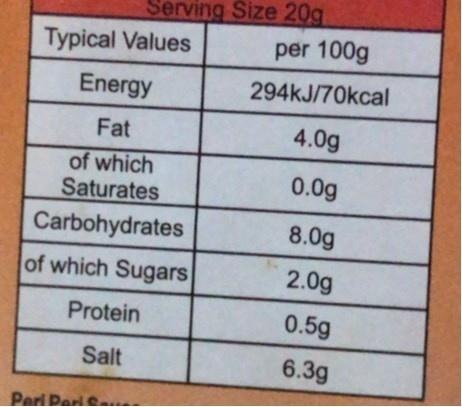
Serving Size 20g
Typical Values
per 100g
Energy
294kJ/70kcal
Fat
4.0g
of which
0.0g
Saturates
Carbohydrates
8.0g
of which Sugars
2.0g
Protein
0.5g
Salt
6.3g
Peri Derie